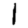
Digit: 1